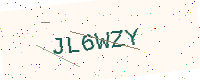
Text: JL6WZY